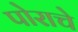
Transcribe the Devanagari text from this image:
पोराचे